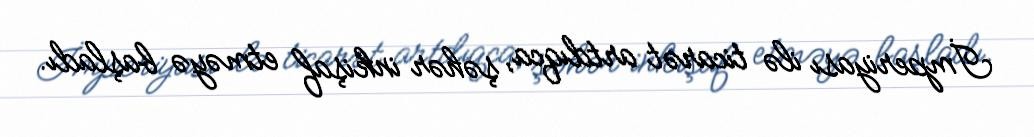
İmperiyası ilə ticarət artdıqca, şəhər inkişaf etməyə başladı.